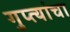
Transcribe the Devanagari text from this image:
गुप्त्यांचा